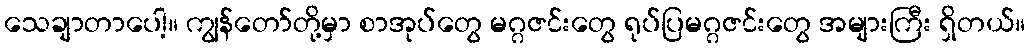
သေချာတာပေါ့။ ကျွန်တော်တို့မှာ စာအုပ်တွေ မဂ္ဂဇင်းတွေ ရုပ်ပြမဂ္ဂဇင်းတွေ အများကြီး ရှိတယ်။